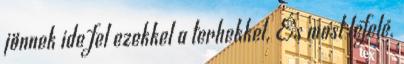
jönnek ide fel ezekkel a terhekkel. És most lefelé.